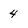
Character: 4